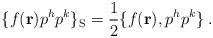
LaTeX: \begin{align*}\{ f({ \bf r}) p^h p^k \}_{\rm S} = {1\over 2} \{ f({\bf r}),p^h p^k \} \>.\end{align*}